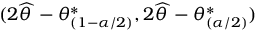
( 2 { \widehat { \theta \, } } - \theta _ { ( 1 - \alpha / 2 ) } ^ { * } , 2 { \widehat { \theta \, } } - \theta _ { ( \alpha / 2 ) } ^ { * } )